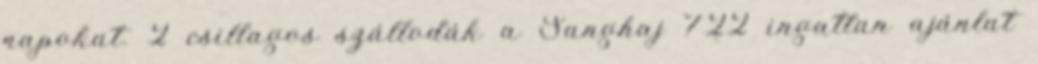
napokat. 2 csillagos szállodák a Sanghaj 722 ingatlan ajánlat